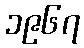
၁၉၆၇